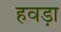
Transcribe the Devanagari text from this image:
हवड़ा